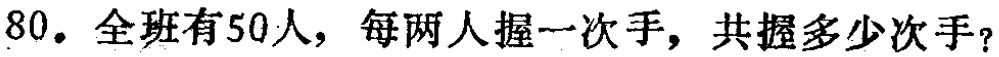
80. 全班有50人，每两人握一次手，共握多少次手？